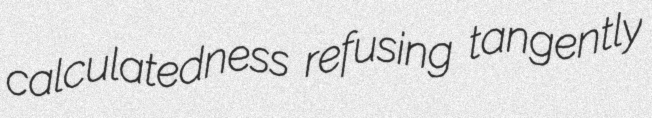
calculatedness refusing tangently